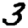
Digit: 3